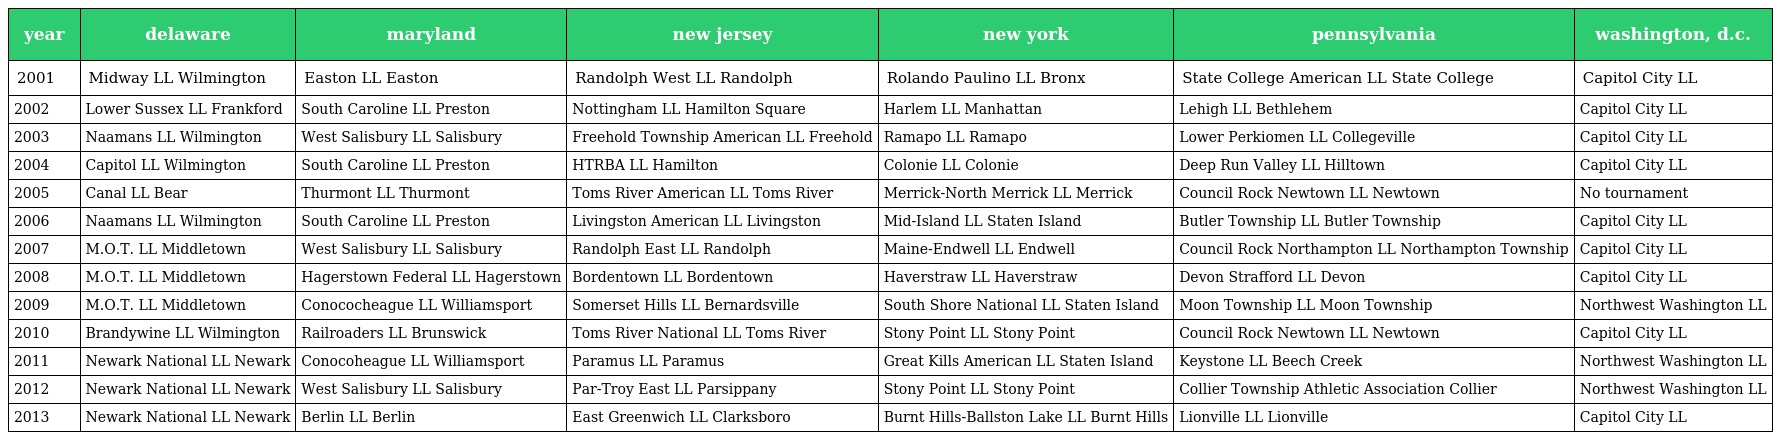
| year | delaware | maryland | new jersey | new york | pennsylvania | washington, d.c. |
 | --- | --- | --- | --- | --- | --- | --- |
 | 2001 | Midway LL Wilmington | Easton LL Easton | Randolph West LL Randolph | Rolando Paulino LL Bronx | State College American LL State College | Capitol City LL |
 | 2002 | Lower Sussex LL Frankford | South Caroline LL Preston | Nottingham LL Hamilton Square | Harlem LL Manhattan | Lehigh LL Bethlehem | Capitol City LL |
 | 2003 | Naamans LL Wilmington | West Salisbury LL Salisbury | Freehold Township American LL Freehold | Ramapo LL Ramapo | Lower Perkiomen LL Collegeville | Capitol City LL |
 | 2004 | Capitol LL Wilmington | South Caroline LL Preston | HTRBA LL Hamilton | Colonie LL Colonie | Deep Run Valley LL Hilltown | Capitol City LL |
 | 2005 | Canal LL Bear | Thurmont LL Thurmont | Toms River American LL Toms River | Merrick-North Merrick LL Merrick | Council Rock Newtown LL Newtown | No tournament |
 | 2006 | Naamans LL Wilmington | South Caroline LL Preston | Livingston American LL Livingston | Mid-Island LL Staten Island | Butler Township LL Butler Township | Capitol City LL |
 | 2007 | M.O.T. LL Middletown | West Salisbury LL Salisbury | Randolph East LL Randolph | Maine-Endwell LL Endwell | Council Rock Northampton LL Northampton Township | Capitol City LL |
 | 2008 | M.O.T. LL Middletown | Hagerstown Federal LL Hagerstown | Bordentown LL Bordentown | Haverstraw LL Haverstraw | Devon Strafford LL Devon | Capitol City LL |
 | 2009 | M.O.T. LL Middletown | Conococheague LL Williamsport | Somerset Hills LL Bernardsville | South Shore National LL Staten Island | Moon Township LL Moon Township | Northwest Washington LL |
 | 2010 | Brandywine LL Wilmington | Railroaders LL Brunswick | Toms River National LL Toms River | Stony Point LL Stony Point | Council Rock Newtown LL Newtown | Capitol City LL |
 | 2011 | Newark National LL Newark | Conocoheague LL Williamsport | Paramus LL Paramus | Great Kills American LL Staten Island | Keystone LL Beech Creek | Northwest Washington LL |
 | 2012 | Newark National LL Newark | West Salisbury LL Salisbury | Par-Troy East LL Parsippany | Stony Point LL Stony Point | Collier Township Athletic Association Collier | Northwest Washington LL |
 | 2013 | Newark National LL Newark | Berlin LL Berlin | East Greenwich LL Clarksboro | Burnt Hills-Ballston Lake LL Burnt Hills | Lionville LL Lionville | Capitol City LL |